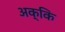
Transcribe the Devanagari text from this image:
अक्कि